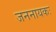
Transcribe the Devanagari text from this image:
जननायकः